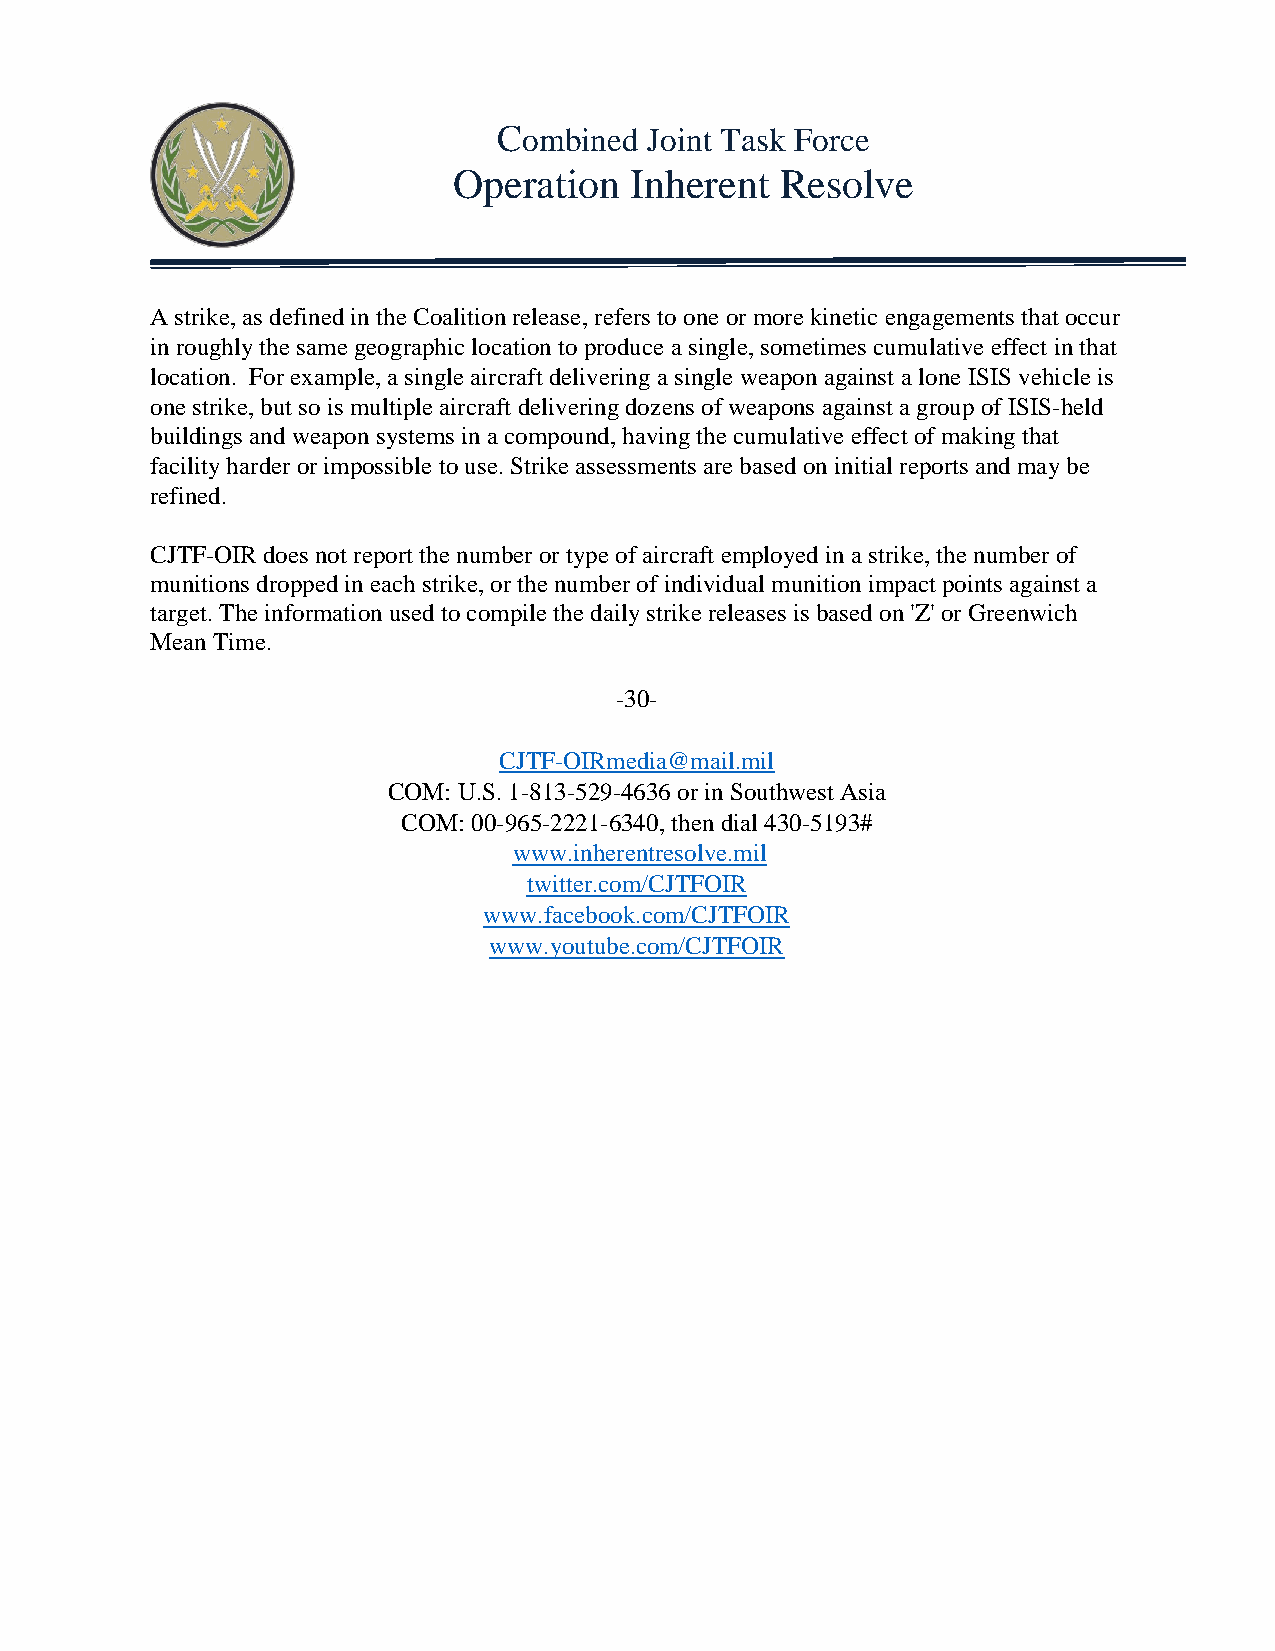
Combined  Joint Task Force
 Operation   Inherent  Resolve
 A strike, as defined in the Coalition release, refers to one or more kinetic engagements that occur
 in roughly the same geographic location to produce a single, sometimes cumulative effect in that
 location. For example, a single aircraft delivering a single weapon against a lone ISIS vehicle is
 one strike, but so is multiple aircraft delivering dozens of weapons against a group of ISIS-held
 buildings and weapon systems in a compound, having the cumulative effect of making that
 facility harder or impossible to use. Strike assessments are based on initial reports and may be
 refined.
 CJTF-OIR does not report the number or type of aircraft employed in a strike, the number of
 munitions dropped in each strike, or the number of individual munition impact points against a
 target. The information used to compile the daily strike releases is based on 'Z' or Greenwich
 Mean Time.
 -30-
 CJTF-OIRmedia@mail.mil
 COM: U.S. 1-813-529-4636 or in Southwest Asia
 COM: 00-965-2221-6340, then dial 430-5193#
 www.inherentresolve.mil
 twitter.com/CJTFOIR
 www.facebook.com/CJTFOIR
 www.youtube.com/CJTFOIR